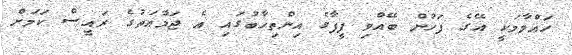
ހައްމާމަކީ އޭގެ ފަހުން ބޭއްވި ފީފާގެ އިންތިހާބުގައި އެ ޖަމާއަތުގެ ރައީސް ކަމަށް